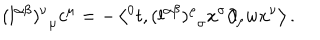
{ ( l ^ { \alpha \beta } ) ^ { \nu } } _ { \mu } c ^ { \mu } = - \left\langle { ^ 0 t } , { ( l ^ { \alpha \beta } ) ^ { \rho } } _ { \sigma } x ^ { \sigma } \partial _ { \rho } w x ^ { \nu } \right\rangle .